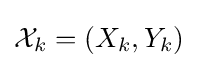
{\mathcal {X}}_{k}=\left(X_{k},Y_{k}\right)